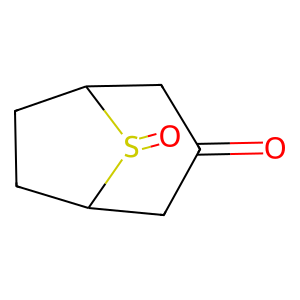
SMILES: O=C1CC2CCC(C1)S2=O
Inhibits HIV replication: No